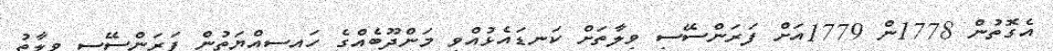
އެގޮތުން 1778ން 1779އަށް ފަރަންސޭސި ވިލާތަށް ކަނޑައެޅުއްވި މަންދޫބެއްގެ ހައިސިއްޔަތުން ފަރަންސޭސި ވިލާތު